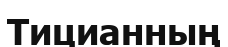
Тицианның